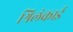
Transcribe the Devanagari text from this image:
श्रिलंकाई